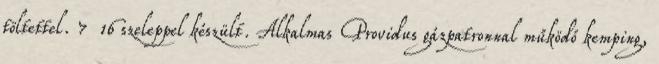
töltettel. 7 16 szeleppel készült. Alkalmas Providus gázpatronnal működő kemping,